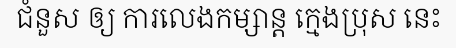
ជំនួស ឲ្យ ការលេងកម្សាន្ត ក្មេងប្រុស នេះ